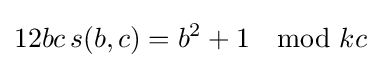
12bc\,s(b,c)=b^{2}+1\mod kc